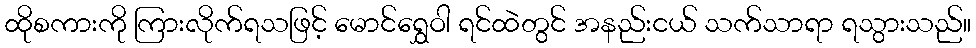
ထိုစကားကို ကြားလိုက်ရသဖြင့် မောင်ရွှေဝါ ရင်ထဲတွင် အနည်းငယ် သက်သာရာ ရသွားသည်။